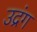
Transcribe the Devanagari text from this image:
उद्रंग